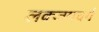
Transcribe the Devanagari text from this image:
लक्जमवर्ग